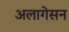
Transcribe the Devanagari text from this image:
अलागेसन